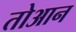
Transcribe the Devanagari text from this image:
तोआन